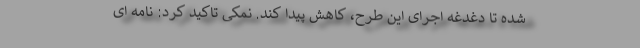
شده تا دغدغه اجرای این طرح، کاهش پیدا کند. نمکی تاکید کرد: نامه ای